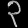
Digit: ၃